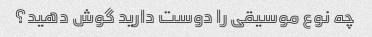
چه نوع موسیقی را دوست دارید گوش دهید؟